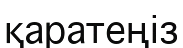
қаратеңіз